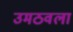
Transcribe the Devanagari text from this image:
उमठवला